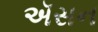
ઍસન